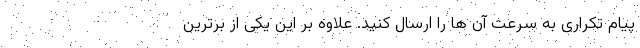
پیام تکراری به سرعت آن ها را ارسال کنید. علاوه بر این یکی از برترین